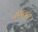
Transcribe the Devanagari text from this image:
नागचून